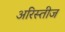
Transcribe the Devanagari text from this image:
अरिस्तीज